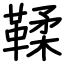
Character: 鞣